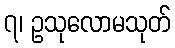
၇၊ ဥသုလောမသုတ်